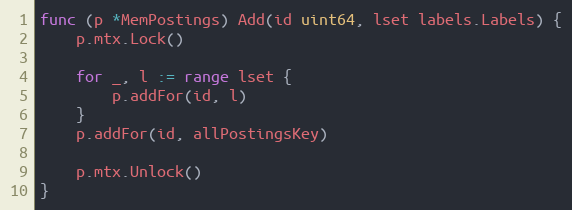
Language: Go
func (p *MemPostings) Add(id uint64, lset labels.Labels) {
	p.mtx.Lock()

	for _, l := range lset {
		p.addFor(id, l)
	}
	p.addFor(id, allPostingsKey)

	p.mtx.Unlock()
}